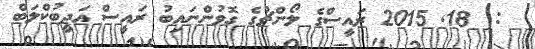
:  18